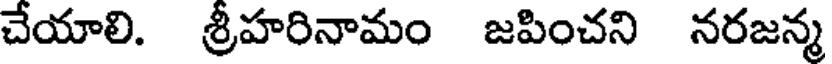
చేయాలి. శ్రీహరినామం జపించని నరజన్మ